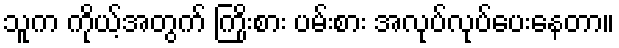
သူက ကိုယ့်အတွက် ကြိုးစား ပမ်းစား အလုပ်လုပ်ပေးနေတာ။